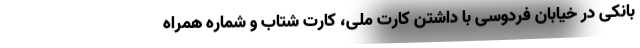
بانکی در خیابان فردوسی با داشتن کارت ملی، کارت شتاب و شماره همراه